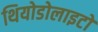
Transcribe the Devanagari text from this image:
थियोडोलाइटों